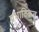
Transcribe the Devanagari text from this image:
प्रभाविकत